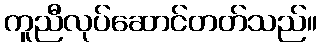
ကူညီလုပ်ဆောင်တတ်သည်။